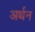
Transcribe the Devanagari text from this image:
अर्थन